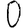
Digit: 0